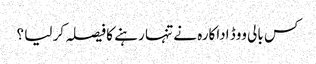
کس بالی ووڈ اداکارہ نے تنہا رہنے کا فیصلہ کر لیا ؟